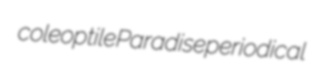
coleoptile Paradise periodical